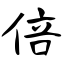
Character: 倍